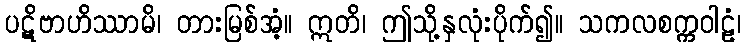
ပဋိဗာဟိဿာမိ၊ တားမြစ်အံ့။ ဣတိ၊ ဤသို့နှလုံးပိုက်၍။ သကလစက္ကဝါဠံ၊